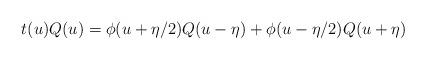
LaTeX: \begin{align*} t(u)Q(u)=\phi(u+\eta/2)Q(u-\eta) + \phi(u-\eta/2)Q(u+\eta)\end{align*}